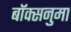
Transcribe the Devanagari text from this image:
बॉक्सनुमा